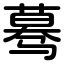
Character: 蓦